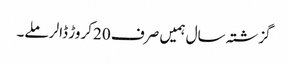
گزشتہ سال ہمیں صرف 20 کروڑ ڈالر ملے۔